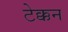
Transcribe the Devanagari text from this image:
टेक्कन